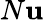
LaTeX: N\mathbf{u}